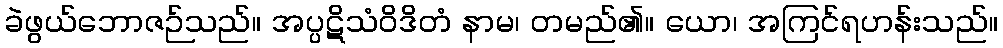
ခဲဖွယ်ဘောဇဉ်သည်။ အပ္ပဋိသံဝိဒိတံ နာမ၊ တမည်၏။ ယော၊ အကြင်ရဟန်းသည်။